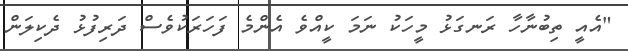
"އެއީ ތިބުނާހާ ރަނގަޅު މީހަކު ނަމަ ކީއްވެ އެންމެ ފަހަރަކުވެސް ދަރިފުޅު ދެކިލަން